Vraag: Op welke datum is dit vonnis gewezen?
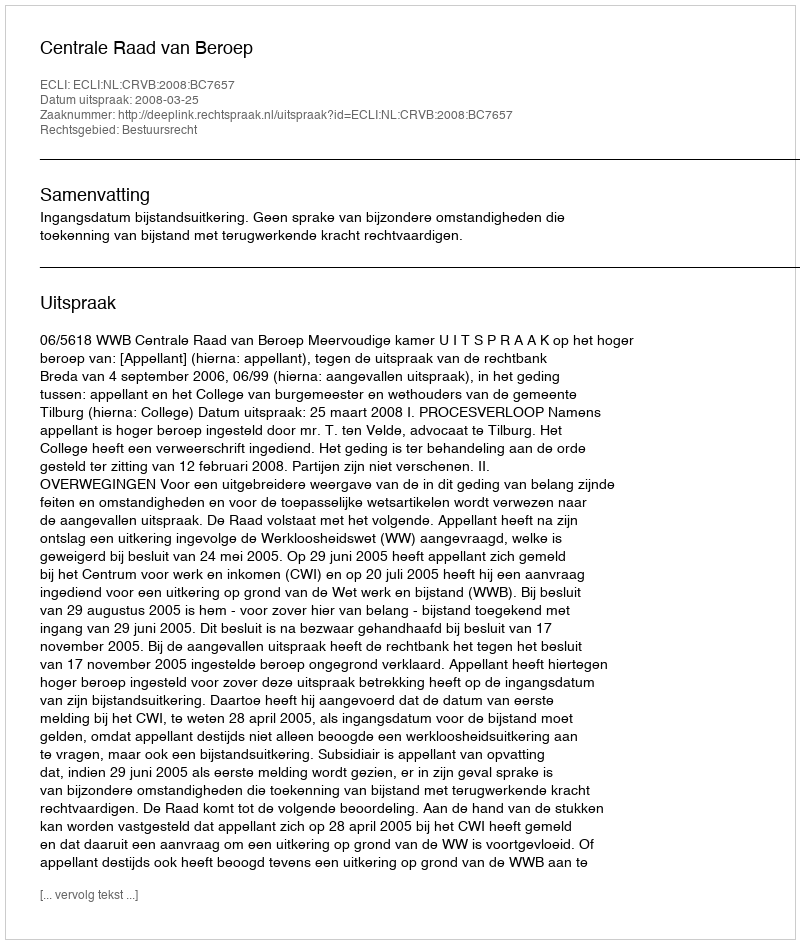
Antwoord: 2008-03-25